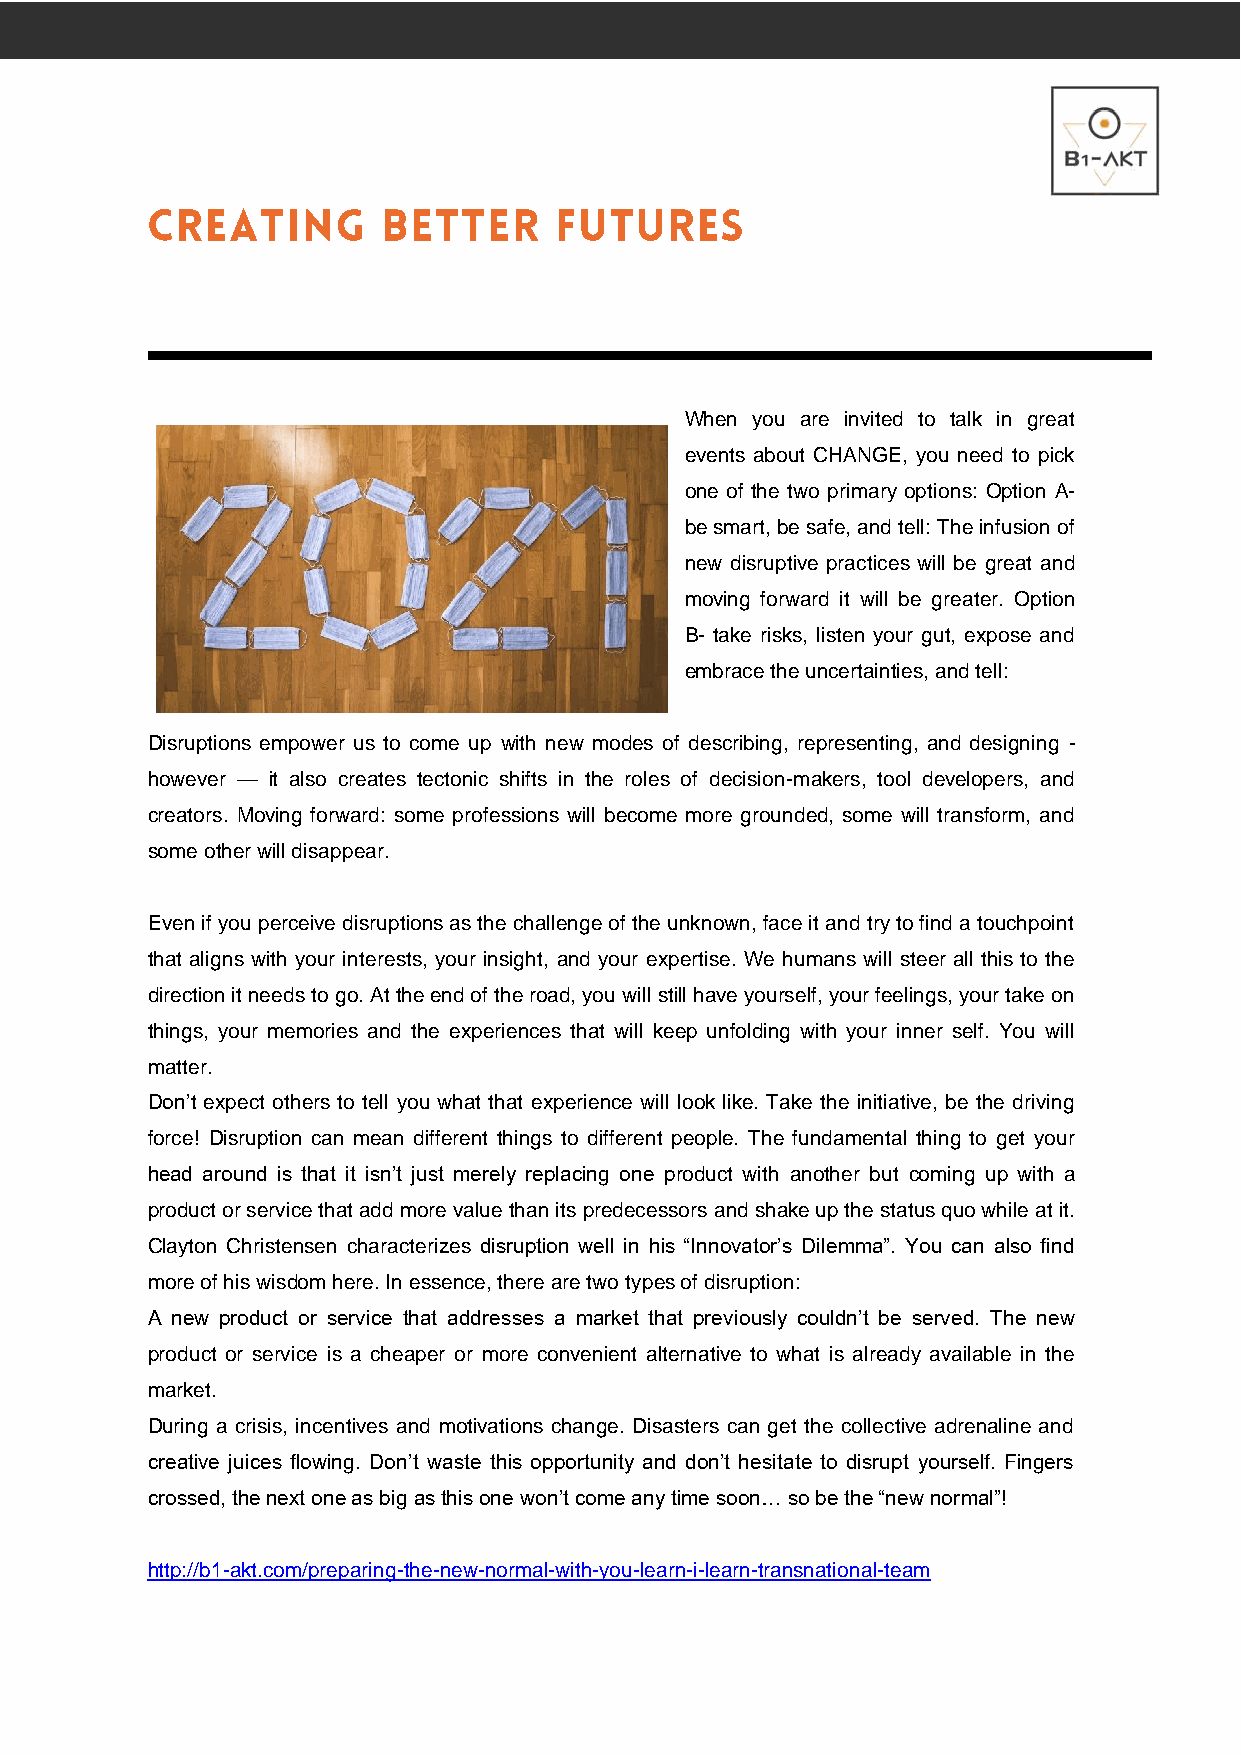
When you are invited to talk in great
 events about CHANGE, you need to pick
 one of the two primary options: Option A-
 be smart, be safe, and tell: The infusion of
 new disruptive practices will be great and
 moving forward it will be greater. Option
 B- take risks, listen your gut, expose and
 embrace the uncertainties, and tell:
 Disruptions empower us to come up with new modes of describing, representing, and designing -
 however — it also creates tectonic shifts in the roles of decision-makers, tool developers, and
 creators. Moving forward: some professions will become more grounded, some will transform, and
 some other will disappear.
 Even if you perceive disruptions as the challenge of the unknown, face it and try to find a touchpoint
 that aligns with your interests, your insight, and your expertise. We humans will steer all this to the
 direction it needs to go. At the end of the road, you will still have yourself, your feelings, your take on
 things, your memories and the experiences that will keep unfolding with your inner self. You will
 matter.
 Don’t expect others to tell you what that experience will look like. Take the initiative, be the driving
 force! Disruption can mean different things to different people. The fundamental thing to get your
 head around is that it isn’t just merely replacing one product with another but coming up with a
 product or service that add more value than its predecessors and shake up the status quo while at it.
 Clayton Christensen characterizes disruption well in his “Innovator’s Dilemma”. You can also find
 more of his wisdom here. In essence, there are two types of disruption:
 A new product or service that addresses a market that previously couldn’t be served. The new
 product or service is a cheaper or more convenient alternative to what is already available in the
 market.
 During a crisis, incentives and motivations change. Disasters can get the collective adrenaline and
 creative juices flowing. Don’t waste this opportunity and don’t hesitate to disrupt yourself. Fingers
 crossed, the next one as big as this one won’t come any time soon… so be the “new normal”!
 http://b1-akt.com/preparing-the-new-normal-with-you-learn-i-learn-transnational-team